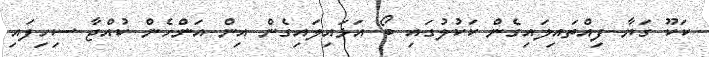
ކަކޫ ގަޔާ ފިއްތައިލައިގެން ކަކުލުގައި ބޯ އަޅައިލައިގެން އިން އަންހެން ކުއްޖާ ސިހިފައި